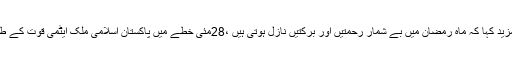
لیاقت بلوچ نے مزید کہا کہ ماہ رمضان میں بے شمار رحمتیں اور برکتیں نازل ہوتی ہیں ،28مئی خطے میں پاکستان اسلامی ملک ایٹمی قوت کے طور پر ابھرا تھا ۔